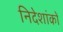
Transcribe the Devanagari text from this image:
निदेशांकों